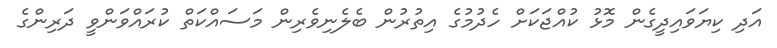
އަދި ކިޔަވައިދީގެން މޮޅު ކުއްޖަކަށް ހެދުމުގެ އިތުރުން ބެލެނިވެރިން މަސައްކަތް ކުރައްވަންވީ ދަރިންގެ